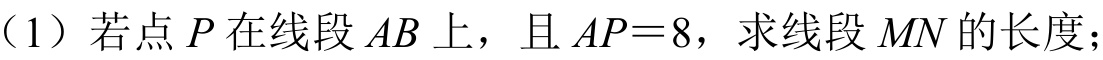
（1）若点\(P\)在线段\(AB\)上，且\(AP = 8\)，求线段\(MN\)的长度；